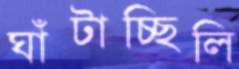
ঘাঁটাচ্ছিলি